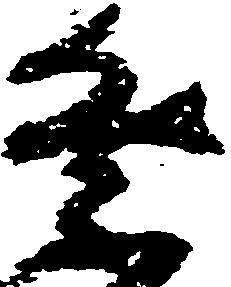
祭